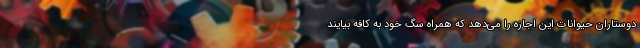
دوستاران حیوانات این اجازه را می‌دهد که همراه سگ خود به کافه بیایند